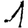
Digit: 1